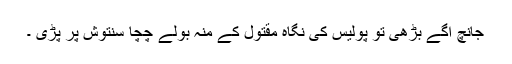
جانچ آگے بڑھی تو پولیس کی نگاہ مقتول کے منہ بولے چچا سنتوش پر پڑی ۔